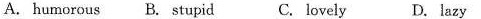
A. humorous B. stupid C. lovely D. lazy